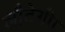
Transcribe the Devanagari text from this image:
लौटेगी।